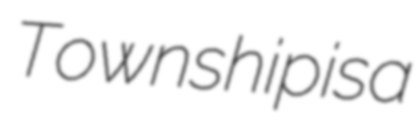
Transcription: Township is a